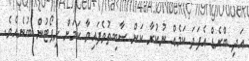
އަދި ބްރެޑް އެފަދަ ކަމެއް ނުކުރާ ކަން ސާބިތުވެފައިވާ ކަމަށް ރިޕޯޓުން ބުނެއެވެ.